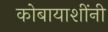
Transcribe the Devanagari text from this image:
कोबायाशींनी